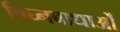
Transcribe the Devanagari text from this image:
विघ्नबाधाओं